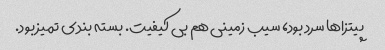
پیتزاها سرد بود، سیب زمینی هم بی کیفیت. بسته بندی تمیز بود.